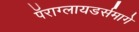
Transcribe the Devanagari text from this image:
पॅराग्लायडर्समागे